system: You are a helpful assistant.
user:
Analyze the provided spectrum to determine if it is a **M-type Giant (gM)**.

A M-type Giant spectrum is defined by its **strong molecular absorption** features, particularly from **Titanium Oxide (TiO)**. You must check for one of the following mutually exclusive signatures:

- **Key Visual Indicators (Absorption-Dominated Spectrum):**

    - **(Primary):** The spectrum is dominated by strong molecular absorption from **Titanium Oxide (TiO)**. This is the **defining feature** of its M-type temperature class.
        - **(Key Bandheads):** Look for sharp, "saw-tooth" absorption valleys. The strongest are located near **~7050 Å**, **~6160 Å**, and **~5170 Å**.
        - **(Line Profile):** The "saw-tooth" morphology is critical: a **sharp, steep drop on the BLUE (short-wavelength) side** of the bandhead, followed by a gradual recovery (rising flux) towards the RED (long-wavelength) side.

    - **(Key Confirmation - Giant vs. Dwarf):** **ABSENCE** of strong **Calcium Hydride (CaH)** molecular bands. This is the primary diagnostic for *excluding* M-dwarfs.
        - **(Key Region):** The spectrum should lack the strong, broad absorption band seen in dwarfs between **~6800 Å and ~7000 Å**.

    - **(Secondary Confirmation - Giant):** A very strong and broad **Neutral Calcium (Ca I)** atomic absorption line.
        - **(Key Line):** Located at **~4226 Å**. In a giant (gM), this line is significantly deeper and broader than the same line in an M-dwarf (dM) due to low surface gravity.

    - **(Overall Spectrum):**
        - The continuum is **extremely red-sloping** (i.e., flux is very low in the blue and rises dramatically towards the red).
        - The entire spectrum appears "chopped up" by the deep TiO bands.

Think first, call **spectral_visualization_tool** if needed to examine features in detail, then provide your final answer. Your response must adhere to the following strict rules:
1.  **Overall Structure:** Your response must follow the format `<think>...</think> <tool_call>...</tool_call> (if a tool is used) <answer>...</answer>`.
2.  **Tool Usage Constraint:** You may only make **one** tool call per turn.
3.  **Final Answer Format:** In the `<answer>` tag, your conclusion must be inside a `\boxed{}` command (e.g., `\boxed{YES}` or `\boxed{NO}`), followed by your justification.

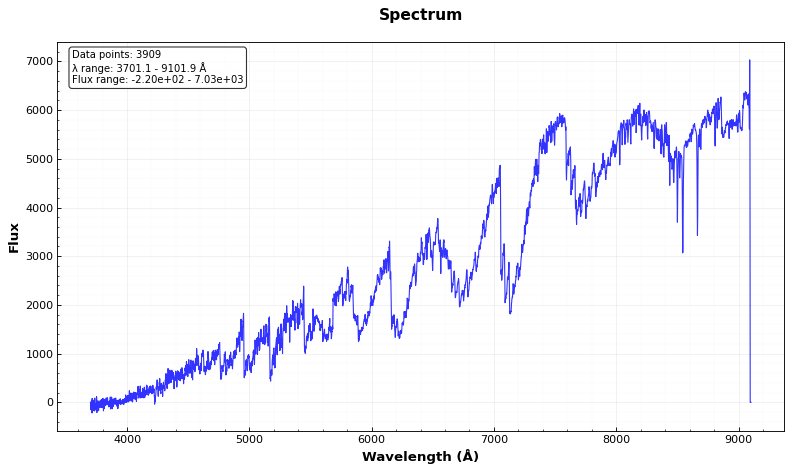
Answer: YES